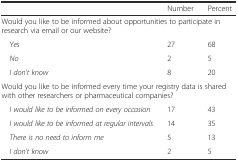
<table><thead><tr><td></td><td><b>Number</b></td><td><b>Percent</b></td></tr></thead><tbody><tr><td colspan="3">Would you like to be informed about opportunities to participate in research via email or our website?</td></tr><tr><td> <i>Yes</i></td><td>27</td><td>68</td></tr><tr><td> <i>No</i></td><td>2</td><td>5</td></tr><tr><td> <i>I don’t know</i></td><td>8</td><td>20</td></tr><tr><td colspan="3">Would you like to be informed every time your registry data is shared with other researchers or pharmaceutical companies?</td></tr><tr><td> <i>I would like to be informed on every occasion</i></td><td>17</td><td>43</td></tr><tr><td> <i>I would like to be informed at regular intervals</i></td><td>14</td><td>35</td></tr><tr><td> <i>There is no need to inform me</i></td><td>5</td><td>13</td></tr><tr><td> <i>I don’t know</i></td><td>2</td><td>5</td></tr></tbody></table>